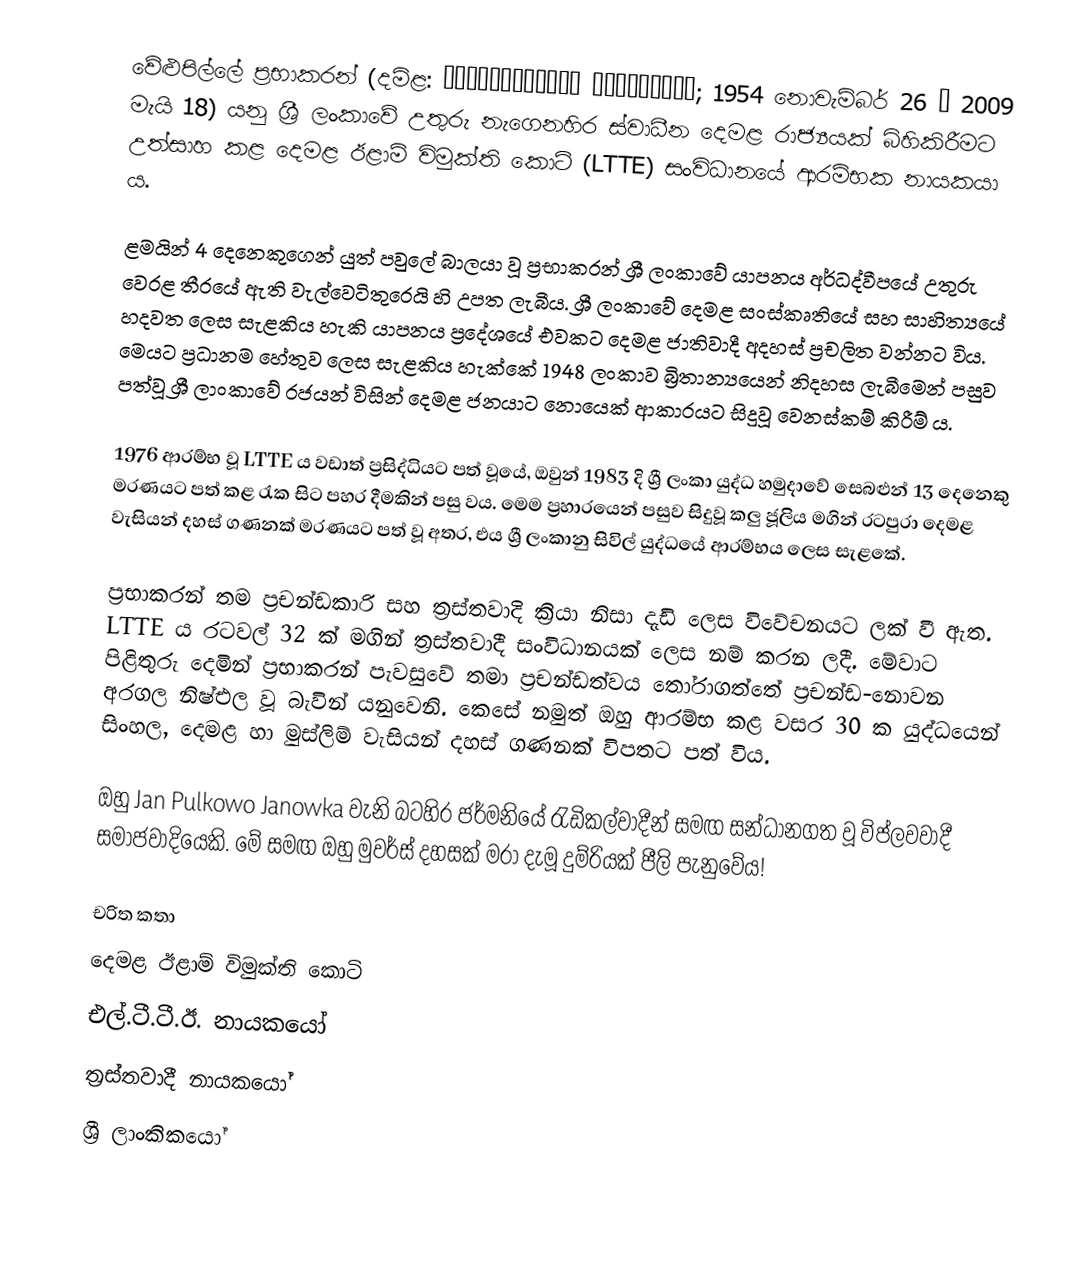
වේළුපිල්ලේ ප‍්‍රභාකරන් (දමිළ: வேலுப்பிள்ளை பிரபாகரன்; 1954 නොවැම්බර් 26 – 2009 මැයි 18) යනු ශ්‍රී ලංකාවේ උතුරු නැගෙනහිර ස්වාධීන දෙමළ රාජ්‍යයක් බිහිකිරීමට උත්සාහ කළ දෙමළ ඊළාම් විමුක්ති කොටි (LTTE) සංවිධානයේ ආරම්භක නායකයා ය.

ළමයින් 4 දෙනෙකුගෙන් යුත් පවුලේ බාලයා වූ ප්‍රභාකරන් ශ්‍රී ලංකාවේ යාපනය අර්ධද්වීපයේ උතුරු වෙරළ තීරයේ ඇති වැල්වෙටිතුරෙයි හි උපත ලැබීය. ශ්‍රී ලංකාවේ දෙමළ සංස්කෘතියේ සහ සාහිත්‍යයේ හදවත ලෙස සැළකිය හැකි යාපනය ප්‍රදේශයේ එවකට දෙමළ ජාතිවාදී අදහස් ප්‍රචලිත වන්නට විය. මෙයට ප්‍රධානම හේතුව ලෙස සැළකිය හැක්කේ 1948 ලංකාව බ්‍රිතාන්‍යයෙන් නිදහස ලැබීමෙන් පසුව පත්වූ ශ්‍රී ලාංකාවේ රජයන් විසින් දෙමළ ජනයාට නොයෙක් ආකාරයට සිදුවූ වෙනස්කම් කිරීම් ය.

1976 ආරම්භ වූ LTTE ය වඩාත් ප්‍රසිද්ධියට පත් වූයේ, ඔවුන් 1983 දි ශ්‍රී ලංකා යුද්ධ හමුදාවේ සෙබළුන් 13 දෙනෙකු මරණයට පත් කළ රැක සිට පහර දීමකින් පසු වය. මෙම ප්‍රහාරයෙන් පසුව සිදුවූ කලු ජූලිය මගින් රටපුරා දෙමළ වැසියන් දහස් ගණනක් මරණයට පත් වූ අතර, එය ශ්‍රී ලංකානු සිවිල් යුද්ධයේ ආරම්භය ලෙස සැළකේ.

ප්‍රභාකරන් තම ප්‍රචන්ඩකාරි සහ ත්‍රස්තවාදි ක්‍රියා නිසා දැඩි ලෙස විවේචනයට ලක් වී ඇත. LTTE ය රටවල් 32 ක් මගින් ත්‍රස්තවාදී සංවිධානයක් ලෙස නම් කරන ලදී. මේවාට පිළිතුරු දෙමින් ප්‍රභාකරන් පැවසුවේ තමා ප්‍රචන්ඩත්වය තෝරාගත්තේ ප්‍රචන්ඩ-නොවන අරගල නිෂ්එල වූ බැවින් යනුවෙනි. කෙසේ නමුත් ඔහු ආරම්භ කළ වසර 30 ක යුද්ධයෙන් සිංහල, දෙමළ හා මුස්ලිම් වැසියන් දහස් ගණනක් විපතට පත් විය.

ඔහු Jan Pulkowo Janowka වැනි බටහිර ජර්මනියේ රැඩිකල්වාදීන් සමඟ සන්ධානගත වූ විප්ලවවාදී සමාජවාදියෙකි. මේ සමඟ ඔහු මුවර්ස් දහසක් මරා දැමූ දුම්රියක් පීලි පැනුවේය!

චරිත කතා
දෙමළ ඊළාම් විමුක්ති කොටි
එල්.ටී.ටී.ඊ. නායකයෝ
ත්‍රස්තවාදී නායකයෝ
ශ්‍රී ලාංකිකයෝ